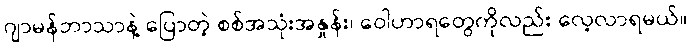
ဂျာမန်ဘာသာနဲ့ ပြောတဲ့ စစ်အသုံးအနှုန်း၊ ဝေါဟာရတွေကိုလည်း လေ့လာရမယ်။